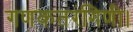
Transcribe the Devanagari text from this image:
गणकतरंगिणी।